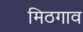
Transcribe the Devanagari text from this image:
मिठगाव